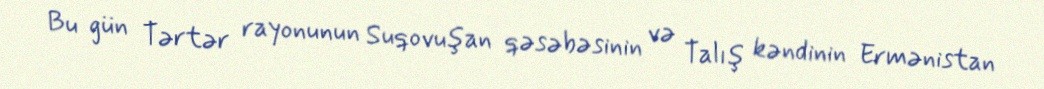
Bu gün Tərtər rayonunun Suqovuşan qəsəbəsinin və Talış kəndinin Ermənistan